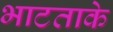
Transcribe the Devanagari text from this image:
भाटताके